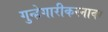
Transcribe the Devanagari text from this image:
गुन्हेगारीकरनावर